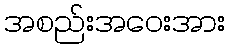
အစည်းအဝေးအား